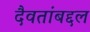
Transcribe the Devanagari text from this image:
दैवतांबद्दल